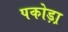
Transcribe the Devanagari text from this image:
पकोड़ा़